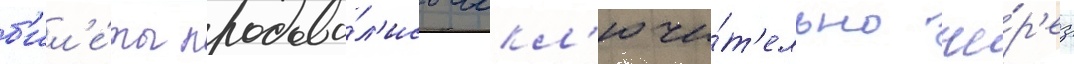
б'ил'е́ты продава́л'ись искл'ючи́т'ельно че́р'ез